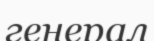
генерал